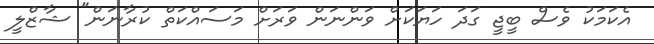
އެކަމަކު ވެސް ބީޖީ ގަދަ ހަޔަކަށް ވަންނަން ވަރަށް މަސައްކަތް ކުރާނަން" ޝާޒްލީ